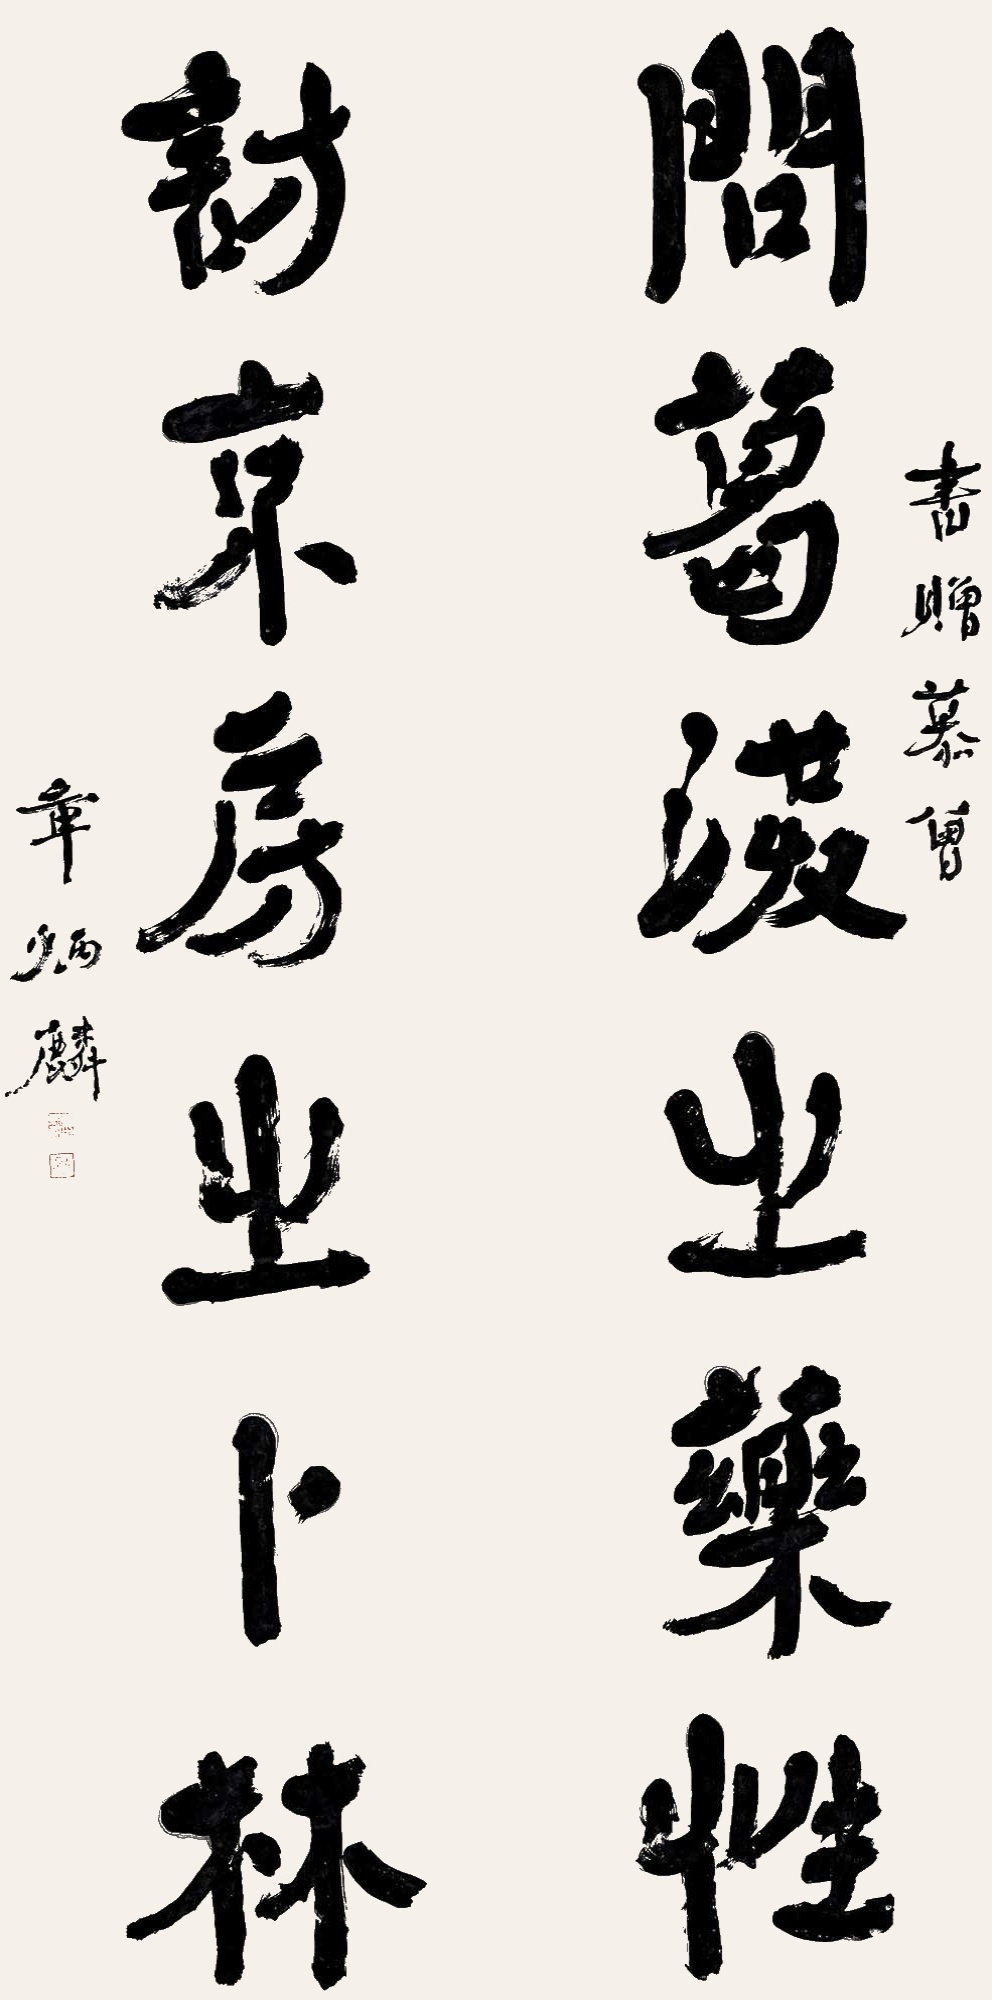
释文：问葛洪之药性，访京房之卜林。书赠慕曾。章炳麟。